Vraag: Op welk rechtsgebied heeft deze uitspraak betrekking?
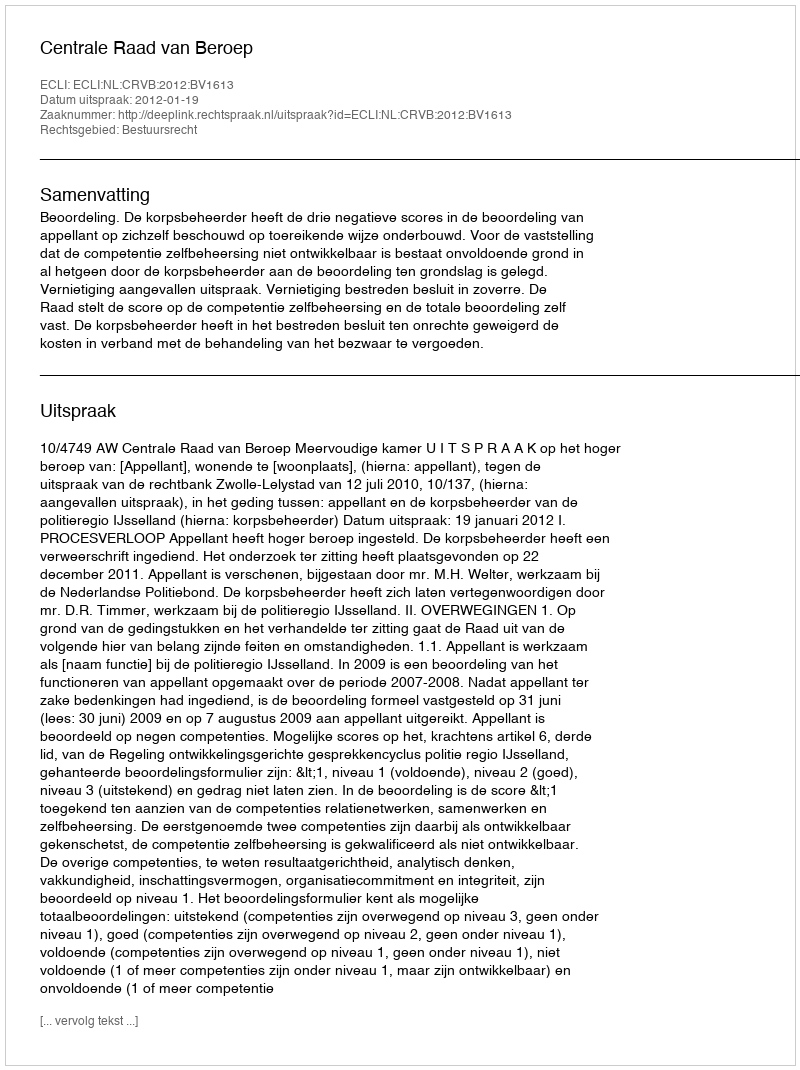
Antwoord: Bestuursrecht